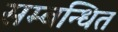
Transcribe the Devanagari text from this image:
सम्‍बन्‍धित